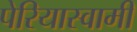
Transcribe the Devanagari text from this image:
पेरियास्वामी